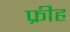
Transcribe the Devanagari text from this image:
फ्रीह